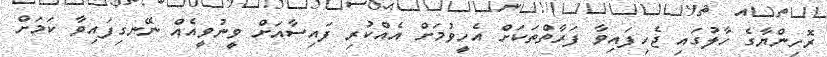
ރޮހިންޔާގެ ހާލުގައި ޖެހިފައިވާ ފަރާތްތަކަށް އެހީވުމަށް އެއްކުރި ފައިސާއަށް ވީނުވީއެއް ނޭނގިފައިވާ ކަމަށް